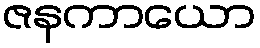
ဇနကာယော